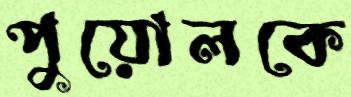
পুয়োলকে